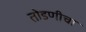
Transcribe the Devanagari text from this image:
तोडणीचा